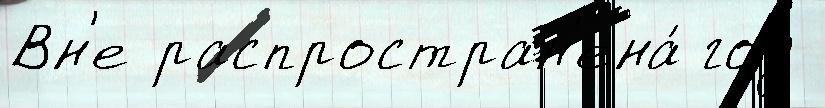
Вн'е распростран'ена́ год